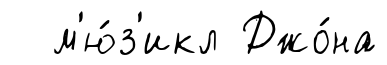
м'ю́з'икл Джо́на